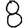
Digit: 8